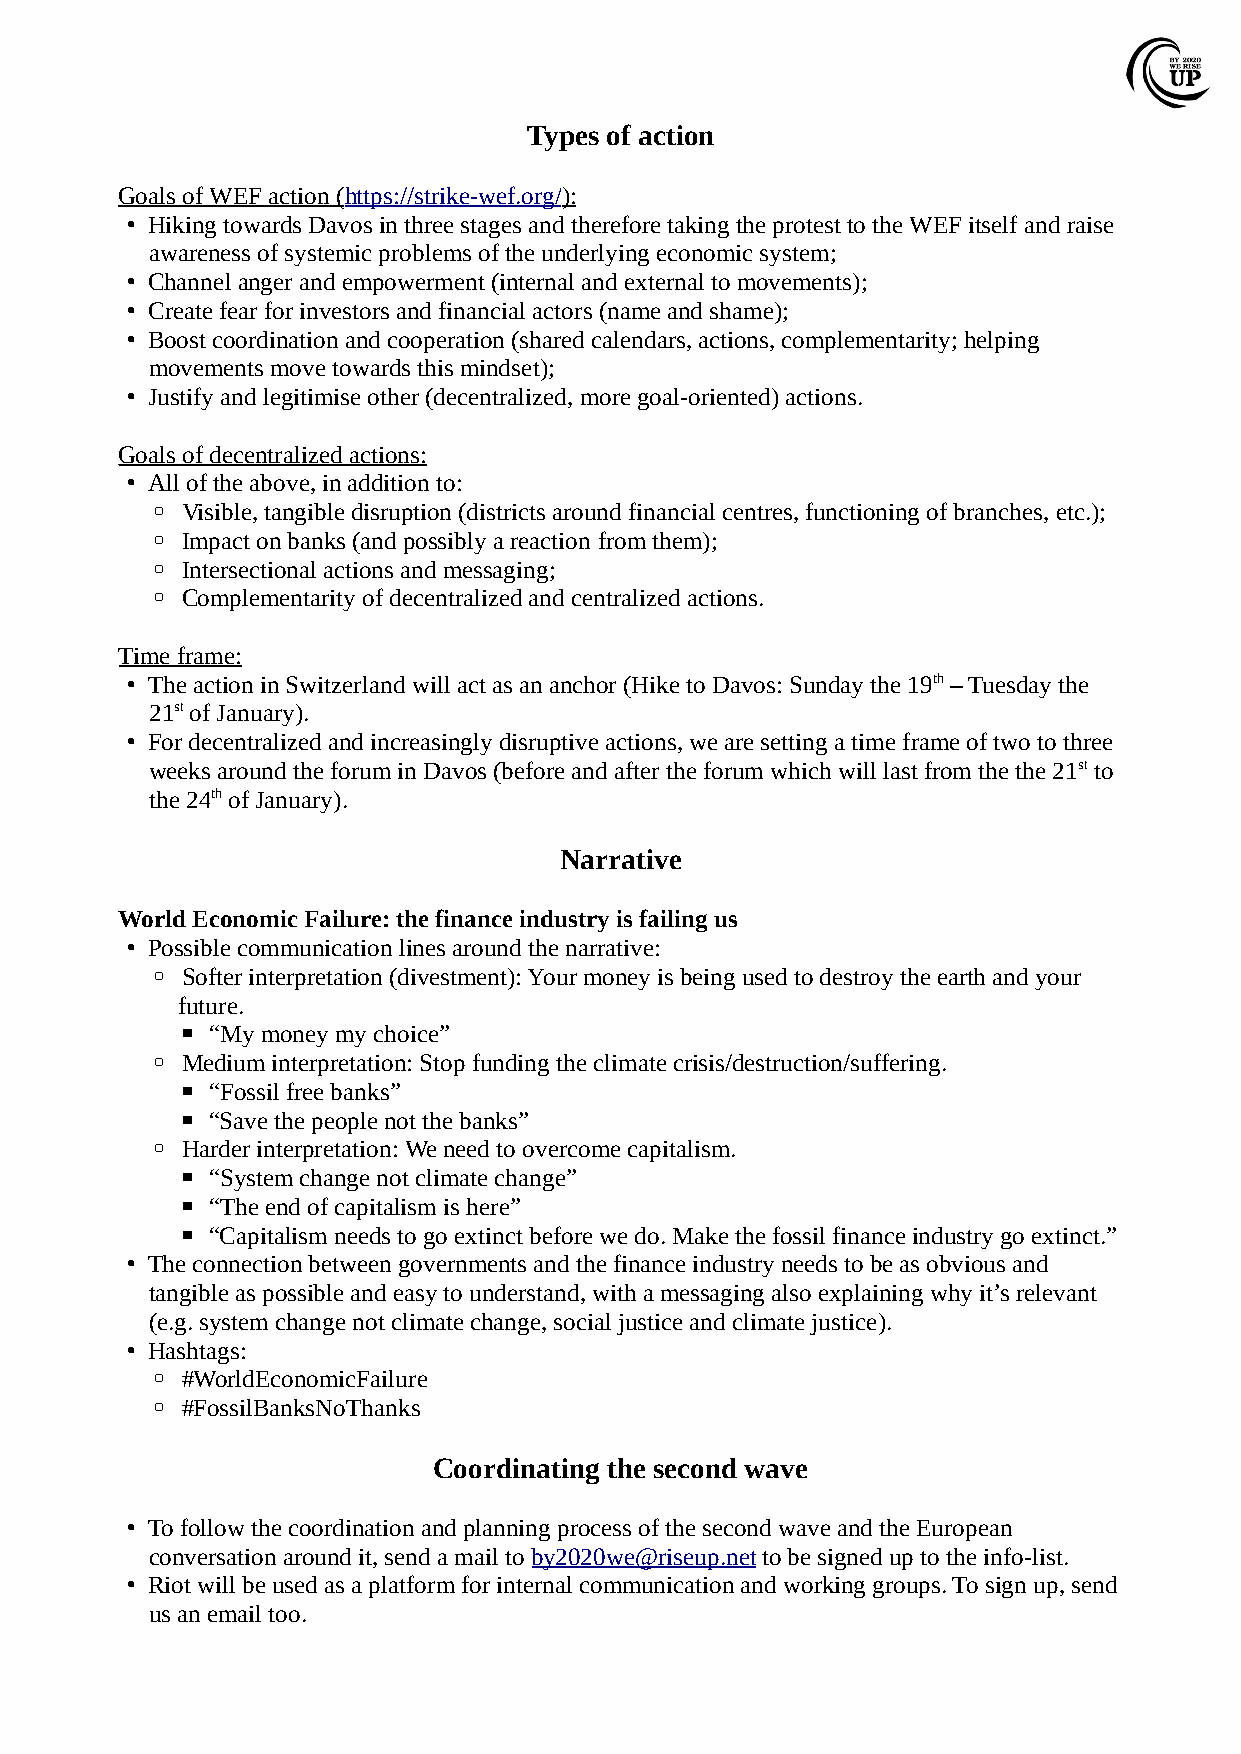
Types of action
 Goals of WEF action ( https://strike-wef.org/ ):
 • Hiking towards Davos in three stages and therefore taking the protest to the WEF itself and raise
 awareness of systemic problems of the underlying economic system;
 • Channel anger and empowerment (internal and external to movements);
 • Create fear for investors and financial actors (name and shame);
 • Boost coordination and cooperation (shared calendars, actions, complementarity; helping
 movements move towards this mindset);
 • Justify and legitimise other (decentralized, more goal-oriented) actions.
 Goals of decentralized actions:
 • All of the above, in addition to:
 ◦ Visible, tangible disruption (districts around financial centres, functioning of branches, etc.);
 ◦ Impact on banks (and possibly a reaction from them);
 ◦ Intersectional actions and messaging;
 ◦ Complementarity of decentralized and centralized actions.
 Time frame:
 • The action in Switzerland will act as an anchor (Hike to Davos: Sunday the 19th – Tuesday the
 21st of January).
 • For decentralized and increasingly disruptive actions, we are setting a time frame of two to three
 weeks around the forum in Davos (before and after the forum which will last from the the 21st to
 the 24th of January).
 Narrative
 World Economic Failure: the finance industry is failing us
 • Possible communication lines around the narrative:
 ◦ Softer interpretation (divestment): Your money is being used to destroy the earth and your
 future.
 ▪ “My money my choice”
 ◦ Medium interpretation: Stop funding the climate crisis/destruction/suffering.
 ▪ “Fossil free banks”
 ▪ “Save the people not the banks”
 ◦ Harder interpretation: We need to overcome capitalism.
 ▪ “System change not climate change”
 ▪ “The end of capitalism is here”
 ▪ “Capitalism needs to go extinct before we do. Make the fossil finance industry go extinct.”
 • The connection between governments and the finance industry needs to be as obvious and
 tangible as possible and easy to understand, with a messaging also explaining why it’s relevant
 (e.g. system change not climate change, social justice and climate justice).
 • Hashtags:
 ◦ #WorldEconomicFailure
 ◦ #FossilBanksNoThanks
 Coordinating the second wave
 • To follow the coordination and planning process of the second wave and the European
 conversation around it, send a mail to by2020we@riseup.net to be signed up to the info-list.
 • Riot will be used as a platform for internal communication and working groups. To sign up, send
 us an email too.